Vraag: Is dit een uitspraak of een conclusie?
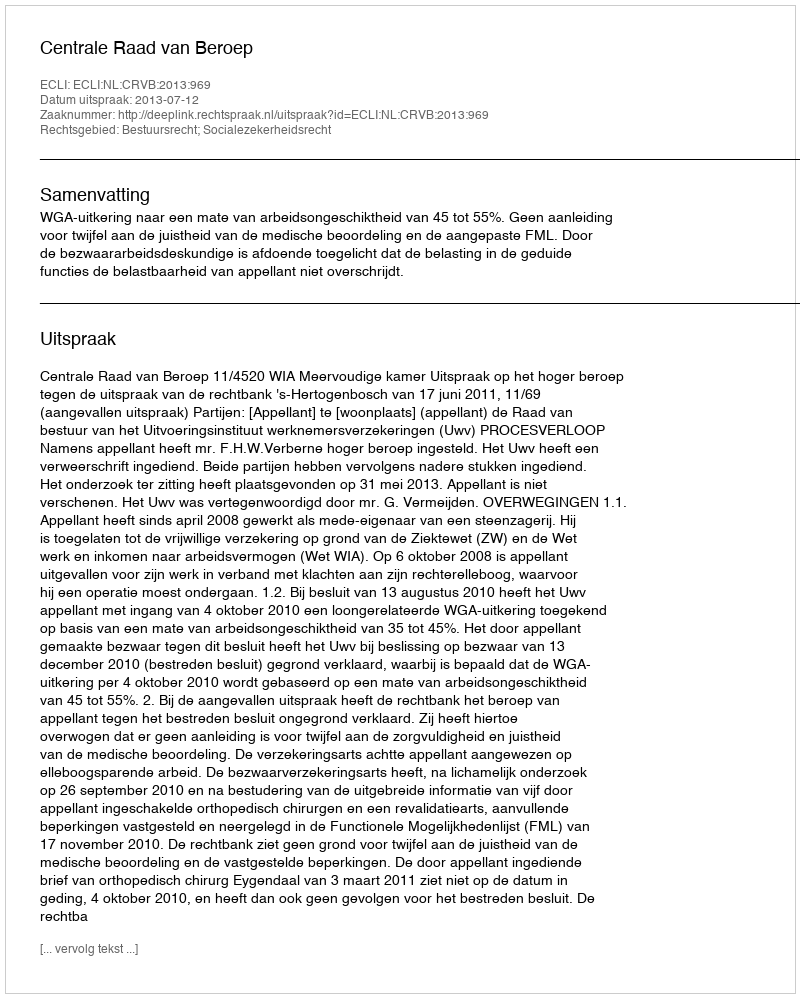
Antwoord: Uitspraak